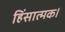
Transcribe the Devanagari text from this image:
हिंसात्मक।